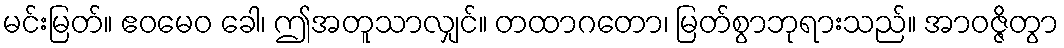
မင်းမြတ်။ ဧဝမေဝ ခေါ၊ ဤအတူသာလျှင်။ တထာဂတော၊ မြတ်စွာဘုရားသည်။ အာဝဇ္ဇိတွာ